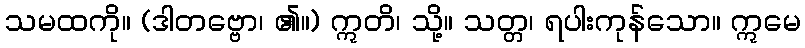
သမထကို။ (ဒါတဗ္ဗော၊ ၏။) ဣတိ၊ သို့။ သတ္တ၊ ရပါးကုန်သော။ ဣမေ